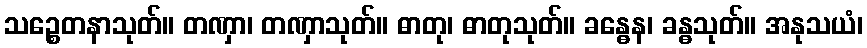
သဉ္စေတနာသုတ်။ တဏှာ၊ တဏှာသုတ်။ ဓာတု၊ ဓာတုသုတ်။ ခန္ဓေန၊ ခန္ဓသုတ်။ အနုသယံ၊